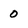
Character: 0